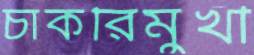
চাকরিমুখী